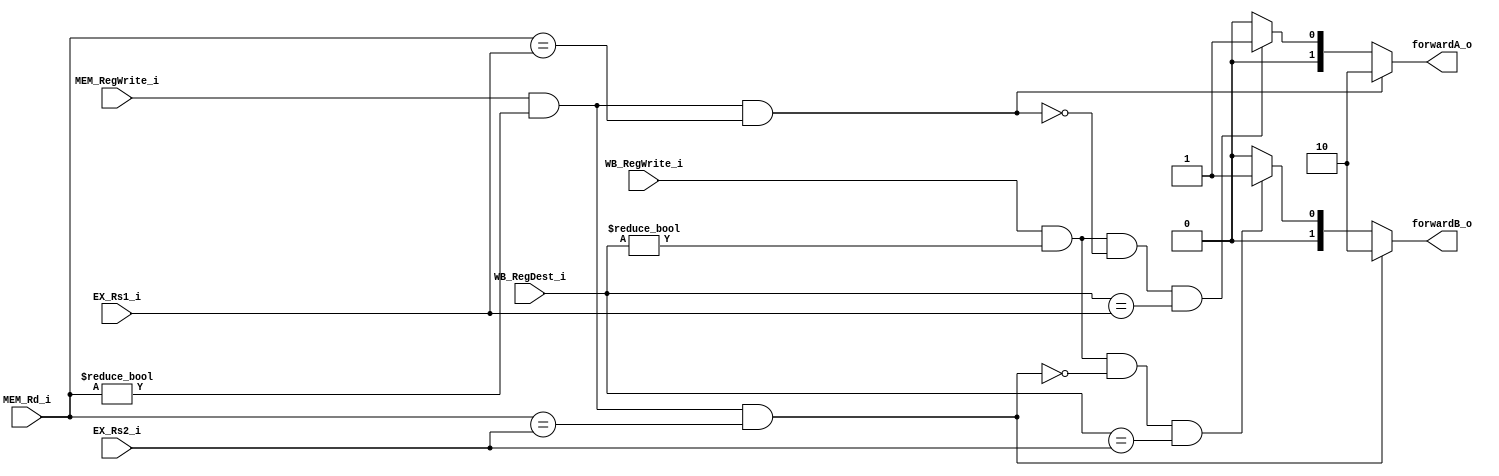
module Forwarding_Unit(
    EX_Rs1_i,
    EX_Rs2_i,
    WB_RegDest_i,
    WB_RegWrite_i,
    MEM_Rd_i,
    MEM_RegWrite_i,   
    forwardA_o,
    forwardB_o
);

input [4:0] EX_Rs1_i;
input [4:0] EX_Rs2_i;
input [4:0] WB_RegDest_i;
input WB_RegWrite_i;
input [4:0] MEM_Rd_i;
input MEM_RegWrite_i;

output [1:0] forwardA_o;
output [1:0] forwardB_o;

reg [1:0] forwardA;
reg [1:0] forwardB;

assign forwardA_o = forwardA;
assign forwardB_o = forwardB;

always @(*) begin
    if(MEM_RegWrite_i && (MEM_Rd_i != 0) && (MEM_Rd_i == EX_Rs1_i)) begin
        forwardA = 2'b10;
    end
    else if(WB_RegWrite_i && (WB_RegDest_i != 0) && !(MEM_RegWrite_i && (MEM_Rd_i != 0) && (MEM_Rd_i == EX_Rs1_i)) &&  (WB_RegDest_i == EX_Rs1_i) ) begin
        forwardA = 2'b01;
    end
    else begin
        forwardA = 2'b0;
    end

    if(MEM_RegWrite_i &&  (MEM_Rd_i != 0) && (MEM_Rd_i == EX_Rs2_i) ) begin
        forwardB = 2'b10;
    end
    else if(WB_RegWrite_i && (WB_RegDest_i != 0) && !(MEM_RegWrite_i && (MEM_Rd_i != 0) && (MEM_Rd_i == EX_Rs2_i)) &&  (WB_RegDest_i == EX_Rs2_i)) begin
        forwardB = 2'b1;
    end
    else begin
        forwardB = 2'b0;
    end
end


endmodule